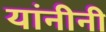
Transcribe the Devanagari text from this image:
यांनीनी